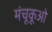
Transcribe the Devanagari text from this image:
मंचूकूओ